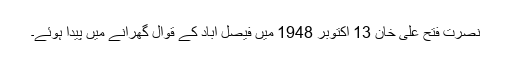
نصرت فتح علی خان 13 اکتوبر 1948 میں فیصل آباد کے قوال گھرانے میں پیدا ہوئے۔